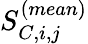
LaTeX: S_{C,i,j}^{(mean)}